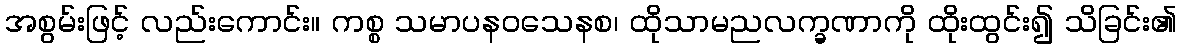
အစွမ်းဖြင့် လည်းကောင်း။ ကစ္စ သမာပနဝသေနစ၊ ထိုသာမညလက္ခဏာကို ထိုးထွင်း၍ သိခြင်း၏